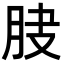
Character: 𦚀